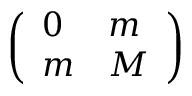
\left( \begin{array} { l l } { { 0 } } & { { m } } \\ { { m } } & { { M } } \end{array} \right)